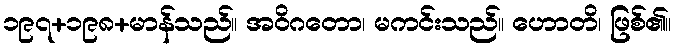
၁၉၇+၁၉၈+မာန်သည်။ အဝိဂတော၊ မကင်းသည်။ ဟောတိ၊ ဖြစ်၏။